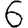
Digit: 6